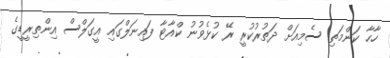
ހާހާ ކަންމަތި ސެމިއަށް ދަތުރުކުރީ ރޭ ކުޅެވުނު ކްއާޓާ ފައިނަލްގައި އީގަލްސް އިންތިރީޑީގެ